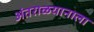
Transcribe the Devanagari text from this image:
अंतराळयानाला